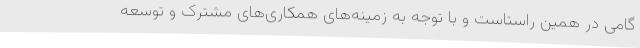
گامی در همین راستاست و با توجه به زمینه‌های همکاری‌های مشترک و توسعه